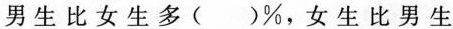
男生比女生多( )\%，女生比男生